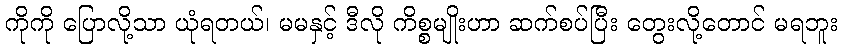
ကိုကို ပြောလို့သာ ယုံရတယ်၊ မမနှင့် ဒီလို ကိစ္စမျိုးဟာ ဆက်စပ်ပြီး တွေးလို့တောင် မရဘူး